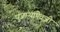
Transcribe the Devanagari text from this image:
पुजाऱ्याऐवजी